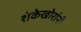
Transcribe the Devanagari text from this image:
शंकेखोरांनी